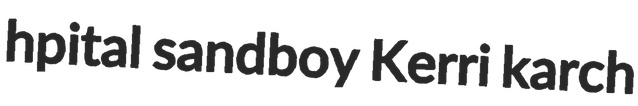
hpital sandboy Kerri karch